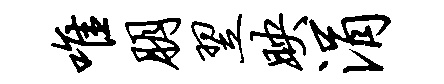
唯朋翌映涓